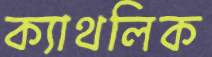
ক্যাথলিক